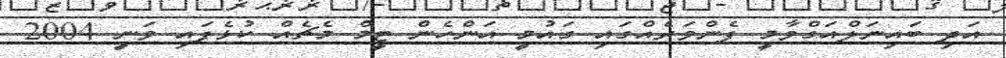
އަދި ބައިނަލްއަގްވާމީ ފެންވަރެއްގައި ގައުމީ އަންހެން ޓީމް މެޗެއް ކުޅެފައި ވަނީ 2004